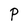
Character: P